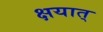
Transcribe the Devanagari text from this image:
क्षयात्